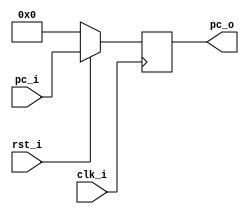
`timescale 1ns/1ps

module ProgramCounter(
    input				clk_i,
	input 				rst_i,
	input	   [32-1:0] pc_i,
	output reg [32-1:0] pc_o
	);
 
always @(posedge clk_i) begin
    if(~rst_i)
	    pc_o <= 0;
	else
	    pc_o <= pc_i;
end

endmodule